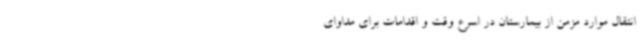
انتقال موارد مزمن از بیمارستان در اسرع وقت و اقدامات برای مداوای